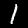
Label: 1